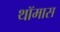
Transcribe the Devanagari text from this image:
थॉमास